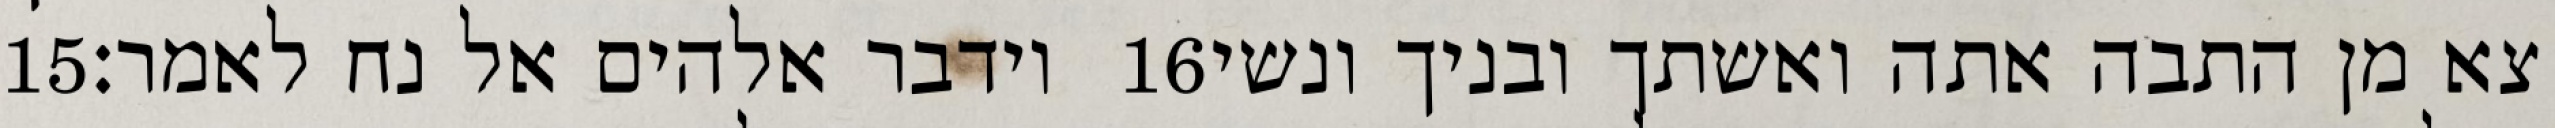
‎15‏ וידבר אלהים אל נח לאמר׃ ‎16‏ צא מן התבה אתה ואשתך ובניך ונשי